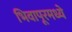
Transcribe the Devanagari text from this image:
भिवापूरमध्ये